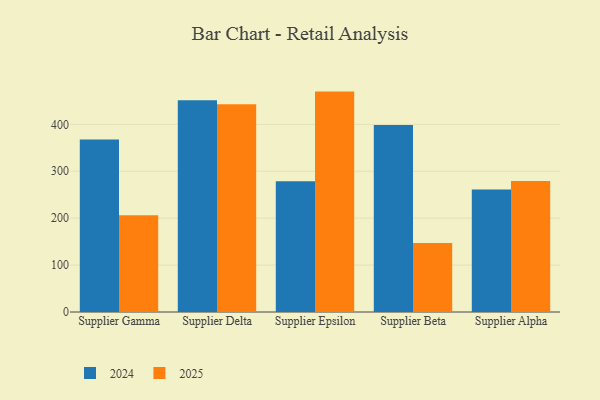
{"axis": {"x": "Supplier", "y": "Net Income (USD K)"}, "legend": ["2024", "2025"], "data": [{"x": "Supplier Gamma", "y": 206.3, "type": "2025"}, {"x": "Supplier Gamma", "y": 367.7, "type": "2024"}, {"x": "Supplier Delta", "y": 442.9, "type": "2025"}, {"x": "Supplier Delta", "y": 451.6, "type": "2024"}, {"x": "Supplier Epsilon", "y": 469.8, "type": "2025"}, {"x": "Supplier Epsilon", "y": 278.6, "type": "2024"}, {"x": "Supplier Beta", "y": 146.9, "type": "2025"}, {"x": "Supplier Beta", "y": 398.4, "type": "2024"}, {"x": "Supplier Alpha", "y": 279.0, "type": "2025"}, {"x": "Supplier Alpha", "y": 261.0, "type": "2024"}]}